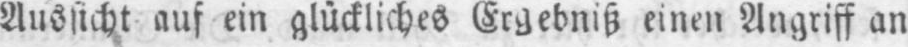
Aussicht auf ein glückliches Ergebniß einen Angriff an